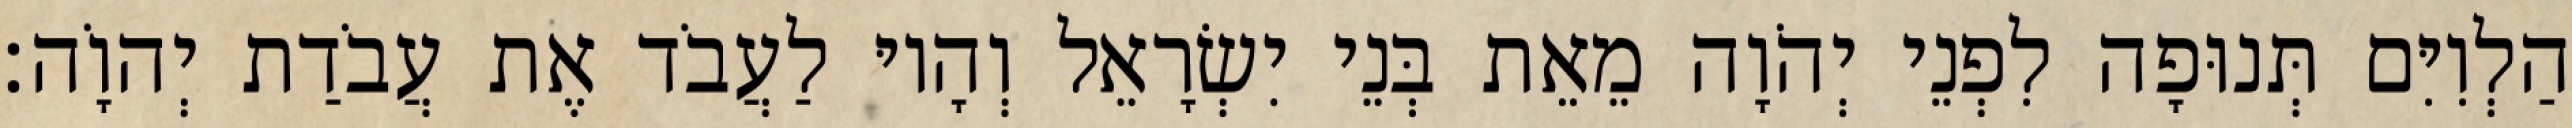
הַלְוִיִּם תְּנוּפָה לִפְנֵי יְהֹוָה מֵאֵת בְּנֵי יִשְׂרָאֵל וְהָיוּ לַעֲבֹד אֶת עֲבֹדַת יְהוָֹה׃